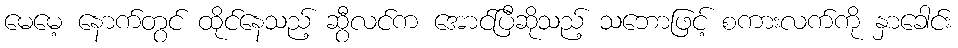
မေမေ့ နောက်တွင် ထိုင်နေသည့် ဆွီလင်က အောင်ပြီဆိုသည့် သဘောဖြင့် စကားလက်ကို နှာခေါင်း